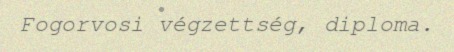
Fogorvosi végzettség, diploma.